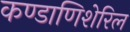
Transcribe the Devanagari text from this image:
कण्डाणिशेरिल